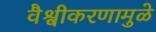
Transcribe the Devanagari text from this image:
वैश्वीकरणामुळे